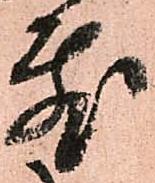
敷